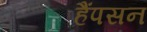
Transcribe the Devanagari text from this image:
हैंपसन